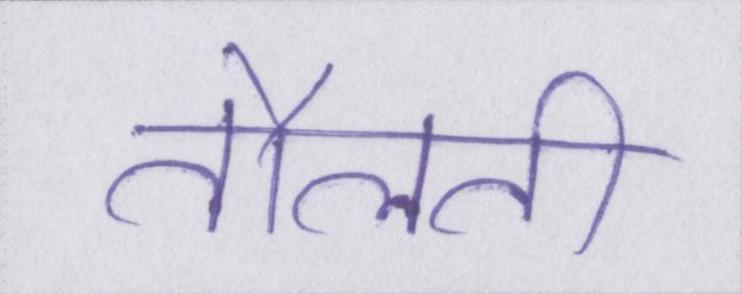
तौलती